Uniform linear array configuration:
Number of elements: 4
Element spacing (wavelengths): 0.25
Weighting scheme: kaiser
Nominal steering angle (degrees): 15
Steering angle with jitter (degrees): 13.887
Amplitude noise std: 0.05
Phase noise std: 0.05

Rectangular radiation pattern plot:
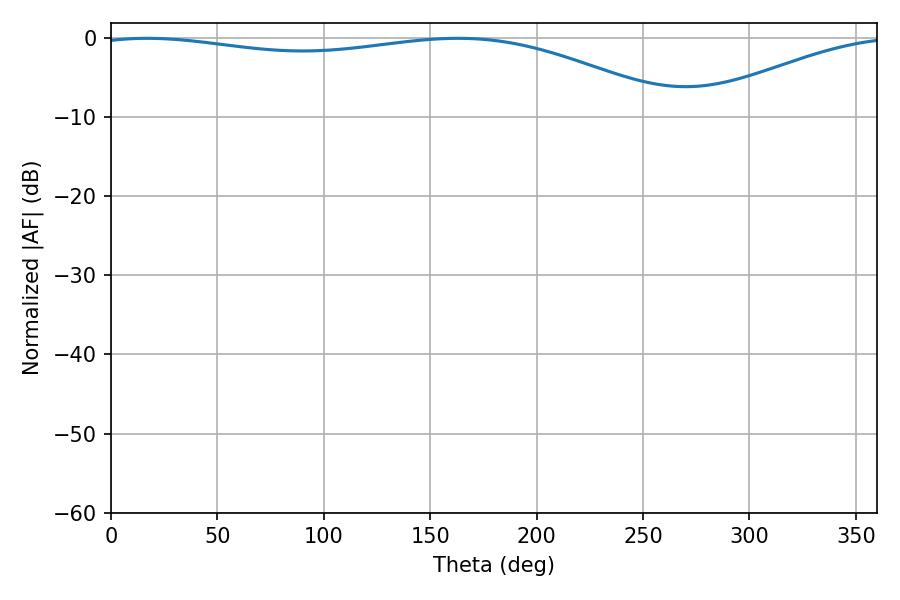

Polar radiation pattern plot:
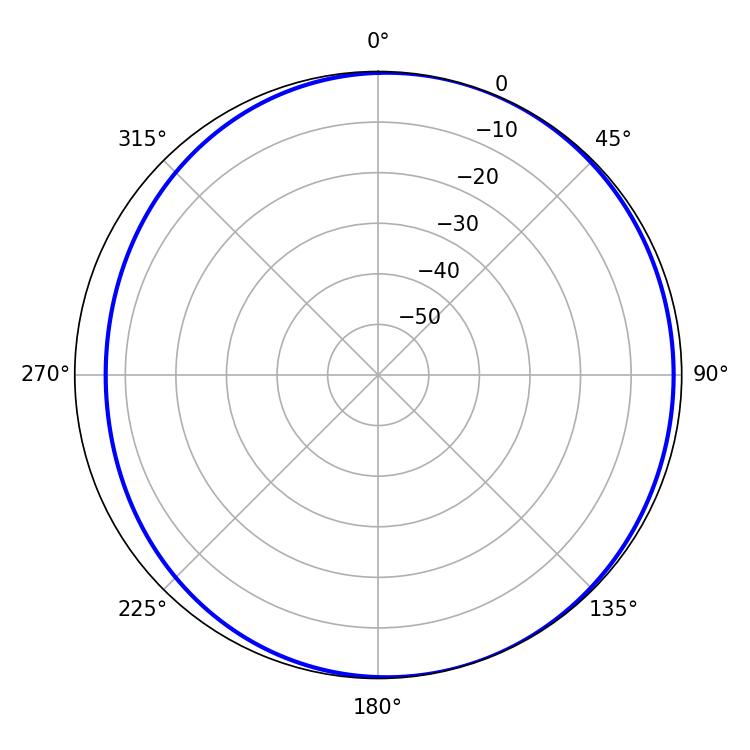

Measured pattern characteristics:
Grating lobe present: FALSE
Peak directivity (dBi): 3.86
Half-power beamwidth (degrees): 220.86
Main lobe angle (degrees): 16.92